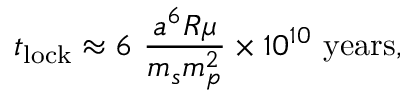
t _ { \mathrm { l o c k } } \approx 6 \ { \frac { a ^ { 6 } R \mu } { m _ { s } m _ { p } ^ { 2 } } } \times 1 0 ^ { 1 0 } \ { \mathrm { y e a r s } } ,